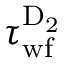
\tau _ { \mathrm { w f } } ^ { \mathrm { D _ { 2 } } }